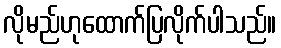
လိုမည်ဟုထောက်ပြလိုက်ပါသည်။